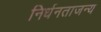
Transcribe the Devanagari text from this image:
निर्धनताजन्य